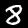
Digit: 8